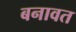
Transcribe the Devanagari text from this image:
बनावत